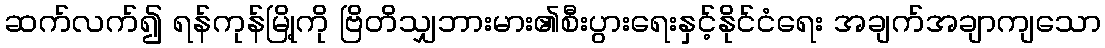
ဆက်လက်၍ ရန်ကုန်မြို့ကို ဗြိတိသျှဘားမား၏စီးပွားရေးနှင့်နိုင်ငံရေး အချက်အချာကျသော